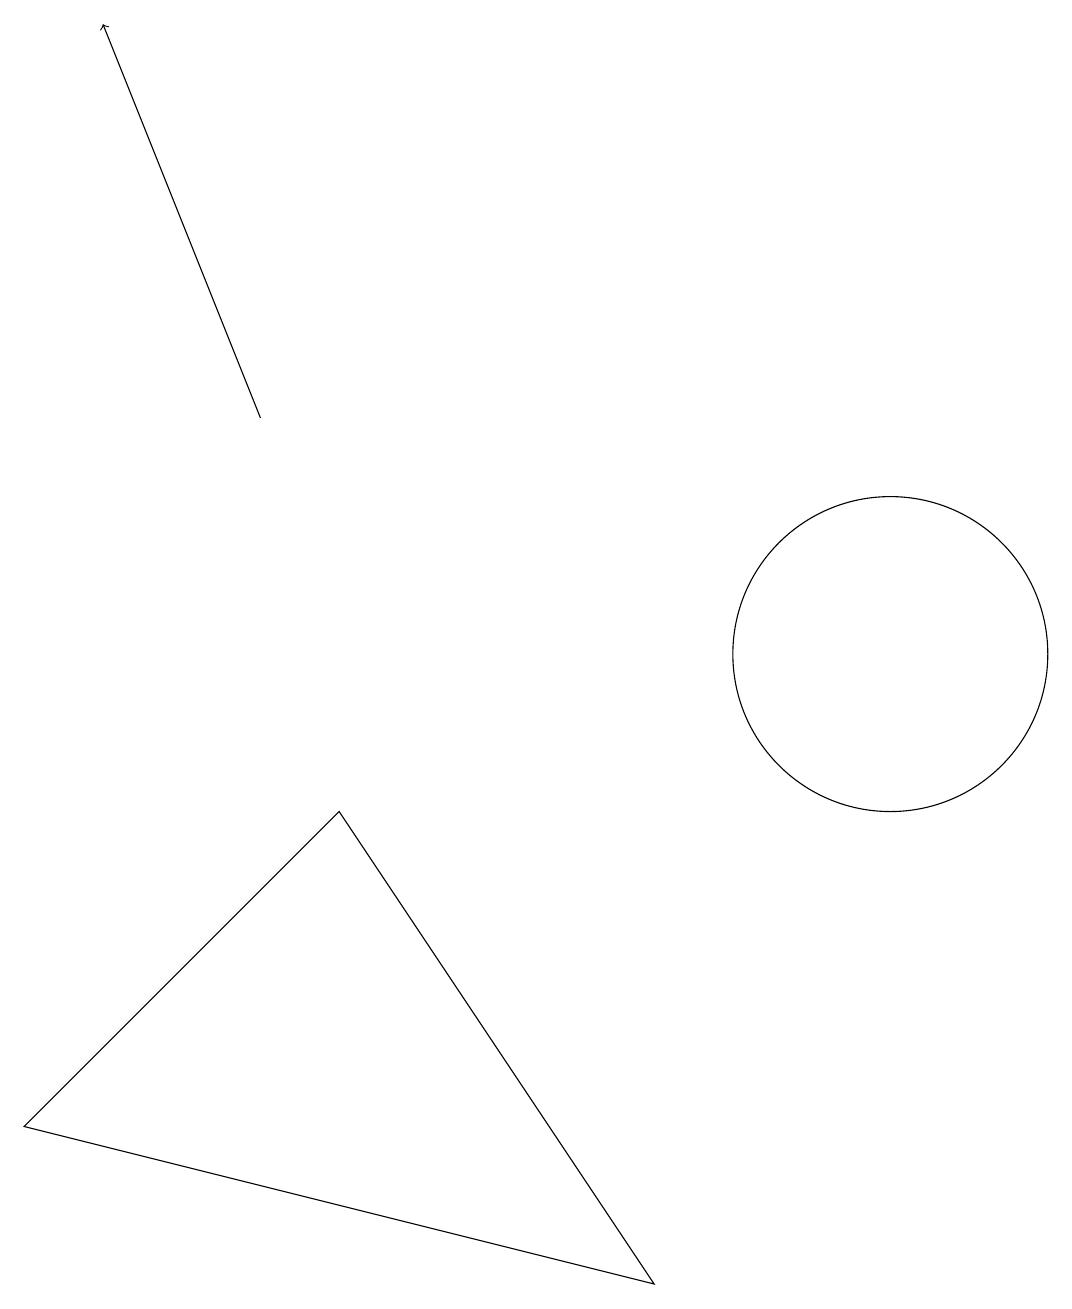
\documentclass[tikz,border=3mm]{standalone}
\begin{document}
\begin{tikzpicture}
\draw[->] (4,14) -- (2,19);
\draw (1,5) -- (5,9) -- (9,3) -- cycle;
\draw (12,11) circle (2);
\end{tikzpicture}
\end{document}